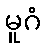
မူဂံ